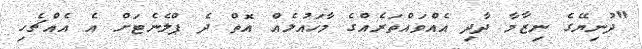
"ދުނިޔޭގެ ނިޒާމާ ދާދި އެއްވައްތަރެއްގެ މާހައުލެއް އޮތް ދެ ޕްލެނެޓަށް އެ އެއްޗެހި